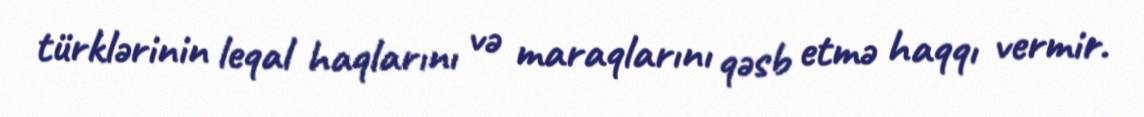
türklərinin leqal haqlarını və maraqlarını qəsb etmə haqqı vermir.